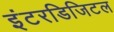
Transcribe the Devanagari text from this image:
इंटरडिजिटल